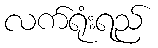
လက်ရုံးရည်